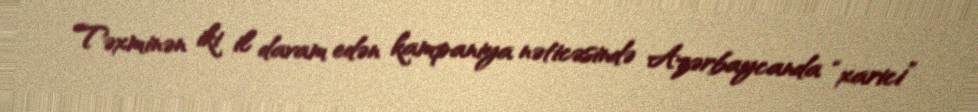
Təxminən iki il davam edən kampaniya nəticəsində Azərbaycanda “xarici”